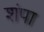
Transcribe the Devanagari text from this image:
शंपा